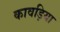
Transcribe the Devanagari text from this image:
कावड़िया